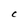
Character: C